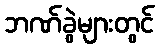
ဘဏ်ခွဲများတွင်